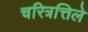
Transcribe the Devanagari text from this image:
चरित्रत्तिले